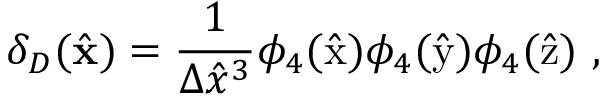
\delta _ { D } ( \hat { { \bf x } } ) = \frac { 1 } { \Delta \hat { x } ^ { 3 } } \phi _ { 4 } ( \hat { \mathrm { x } } ) \phi _ { 4 } ( \hat { \mathrm { y } } ) \phi _ { 4 } ( \hat { \mathrm { z } } ) \ ,